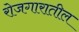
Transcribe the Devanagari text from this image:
रोजगारातील